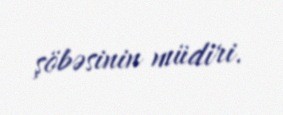
şöbəsinin müdiri.